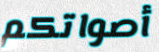
أصواتكم